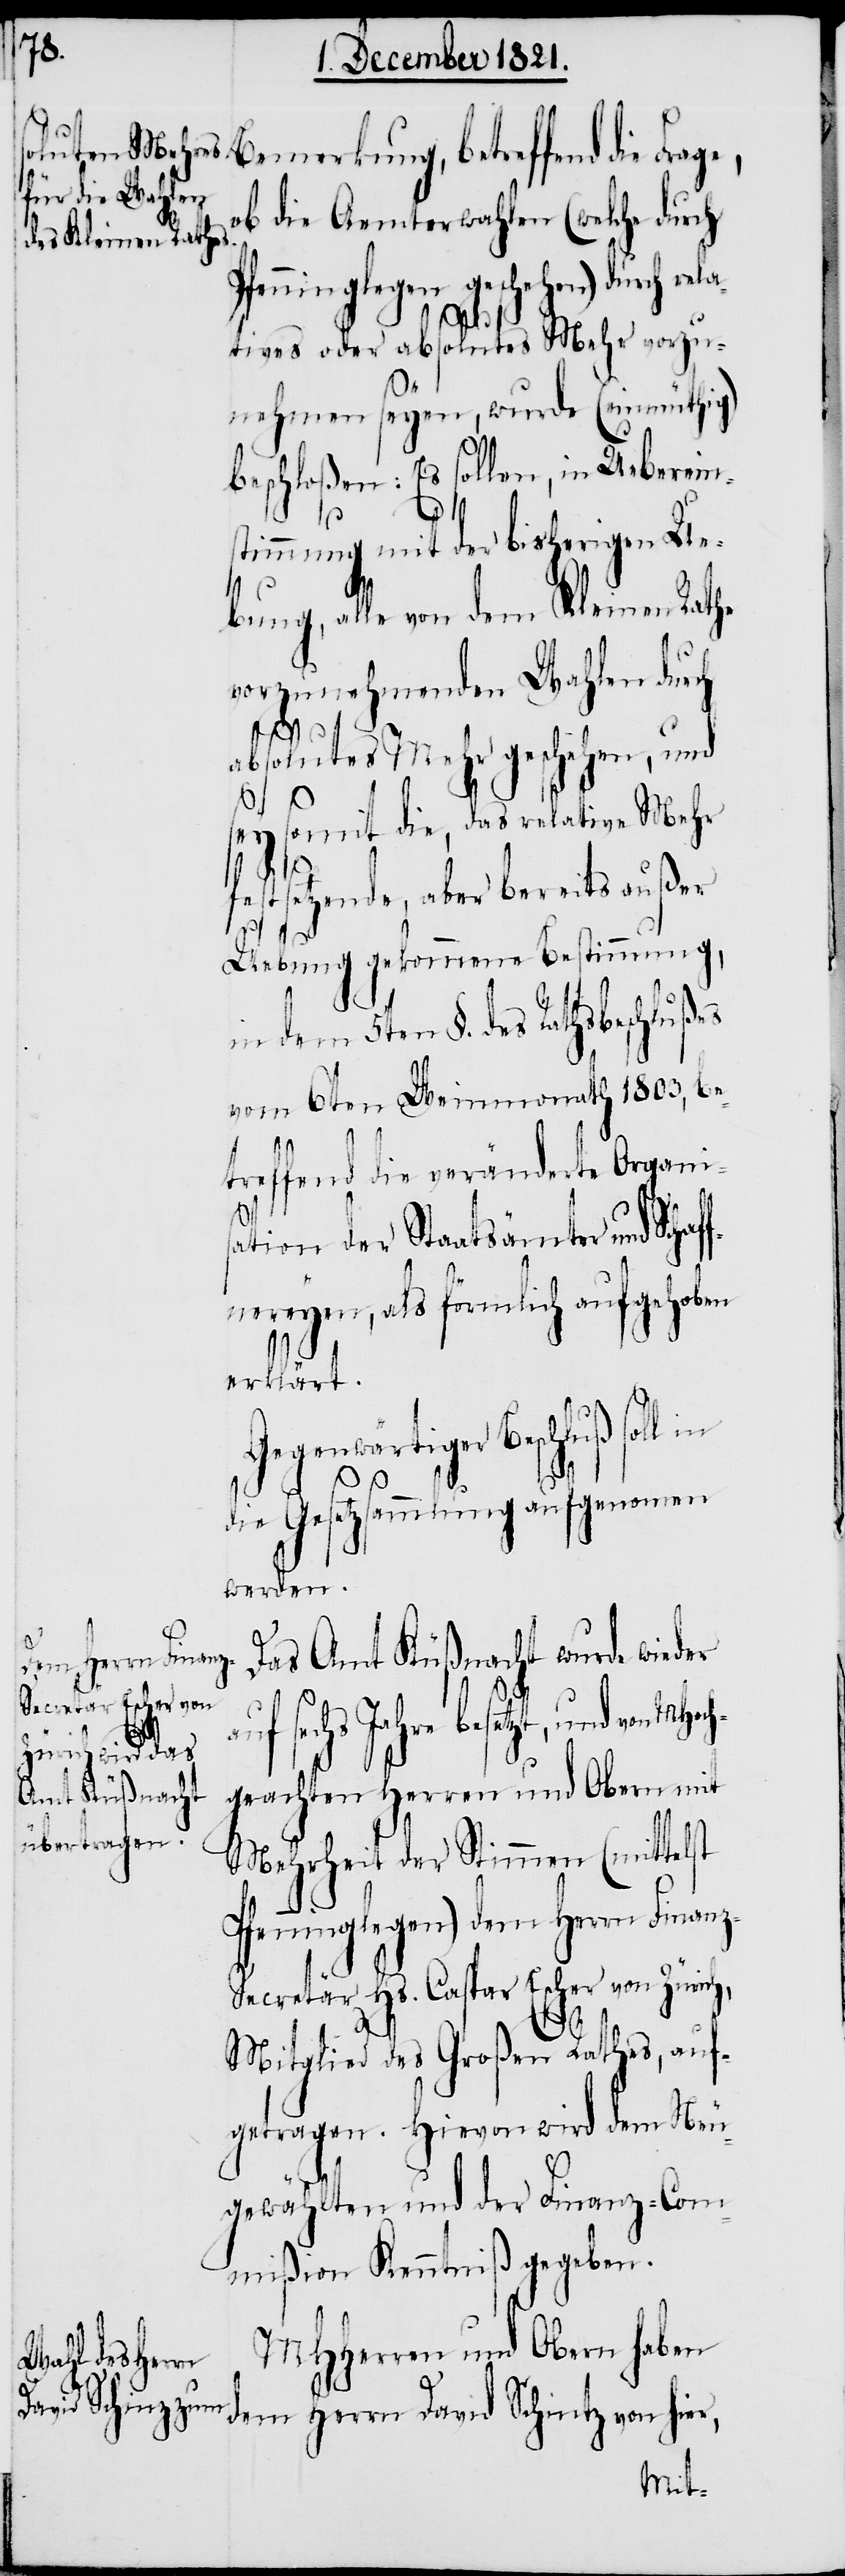
ob die Aemterwahlen (welche durch
dem Kleinen Rathe
enninglegen geschehen) du¬
latives oder absolutes Mehr vorzu¬
h,
nehmen seyen, wurde (einmüthig)
beschloßen: Es sollen, in Ueberein¬
MHoch¬
stimmung mit der bisherigen Ue¬
vorzunehmenden Wahlen durch
absolutes Mehr geschehen, und
sey somit die, das relative Mehr
festsetzende, aber bereits außer
dem
Uebung gekommene Bestimmung,
5ten §. des Rathsbeschlußes
vom 6ten Weinmonath 1803, be¬
treffend die veränderte Organis¬
ation der Staatsämter und Scha¬
fnereyen, als förmlich aufgehoben
erklärt.
Gegenwärtiger Beschluß
die Gesetzsammlung aufgenomen
werden.
Das Amt Küßnacht wurde wieder
sechs Jahre besetzt, und von
geachten Herren und Obern mit
Mehrheit der Stimmen (mittelst
fenninglegen) dem Herrn Finan¬
ecretär Hs. Caspar Escher von Züric¬
Mitglied des Großen Rathes, auf¬
getragen. Hievon wird dem Neu¬
gewählten und der Finanz-Com¬
mißion Kenntniß gegeben.
MHHerren und Obern haben
David Schintz